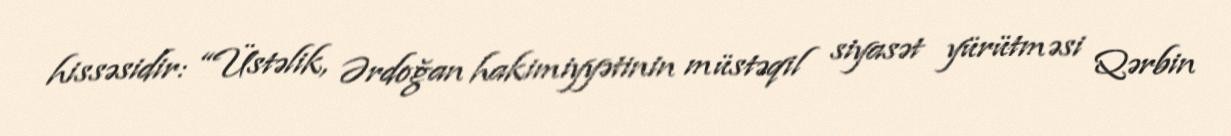
hissəsidir: “Üstəlik, Ərdoğan hakimiyyətinin müstəqil siyasət yürütməsi Qərbin